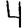
Digit: 4